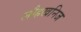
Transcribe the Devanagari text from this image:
लौहखनिज